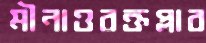
মীনাওরক্তপ্লাব